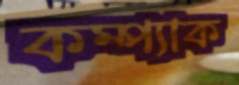
কম্প্যাক